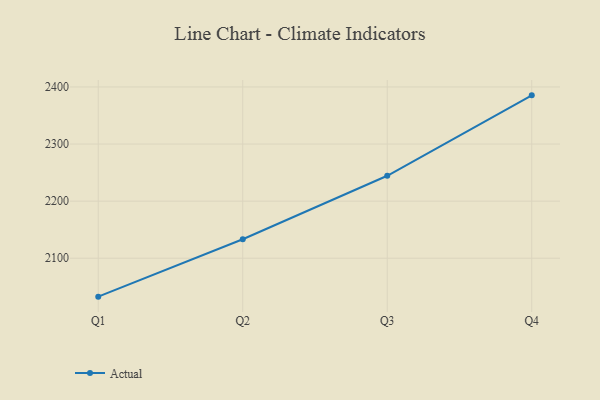
{"axis": {"x": "Quarter", "y": "Churn Rate (%)"}, "legend": ["Actual"], "data": [{"x": "Q1", "y": 2032.7, "type": "Actual"}, {"x": "Q2", "y": 2133.2, "type": "Actual"}, {"x": "Q3", "y": 2244.4, "type": "Actual"}, {"x": "Q4", "y": 2385.3, "type": "Actual"}]}